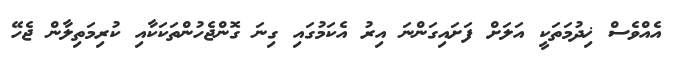
އެއްވެސް ޚިދުމަތަކީ އަލަށް ފަށައިގަންނަ އިރު އެކަމުގައި ގިނަ ގޮންޖެހުންތަކަކާއި ކުރިމަތިލާން ޖެހޭ